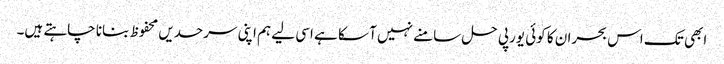
ابھی تک اس بحران کا کوئی یورپی حل سامنے نہیں آ سکا ہے اسی لیے ہم اپنی سرحدیں محفوظ بنانا چاہتے ہیں۔